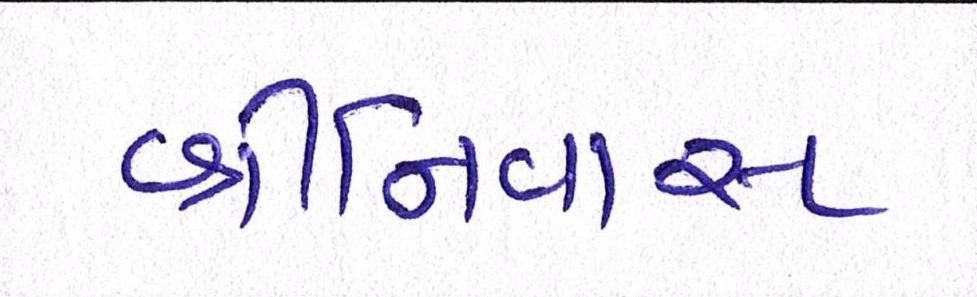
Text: શ્રીનિવાસ